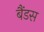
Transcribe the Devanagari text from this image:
बैंडस